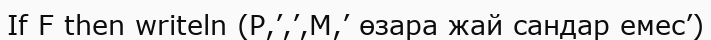
If F then writeln (P,’,’,M,’ өзара жай сандар емес’)